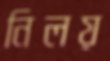
নিলয়